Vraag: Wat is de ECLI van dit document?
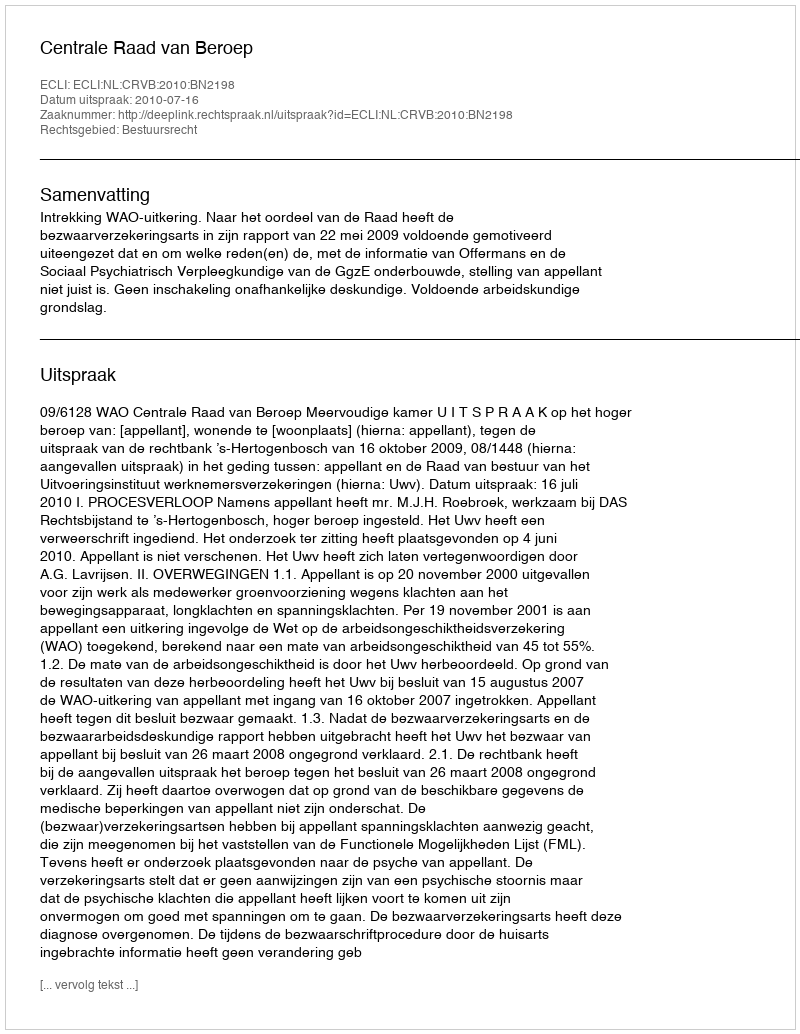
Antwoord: ECLI:NL:CRVB:2010:BN2198